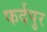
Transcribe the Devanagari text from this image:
फर्दपुर